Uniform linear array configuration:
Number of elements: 48
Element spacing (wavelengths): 1
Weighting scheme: exponential
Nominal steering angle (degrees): -30
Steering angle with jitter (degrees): -30.012
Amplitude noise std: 0.05
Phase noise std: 0.05

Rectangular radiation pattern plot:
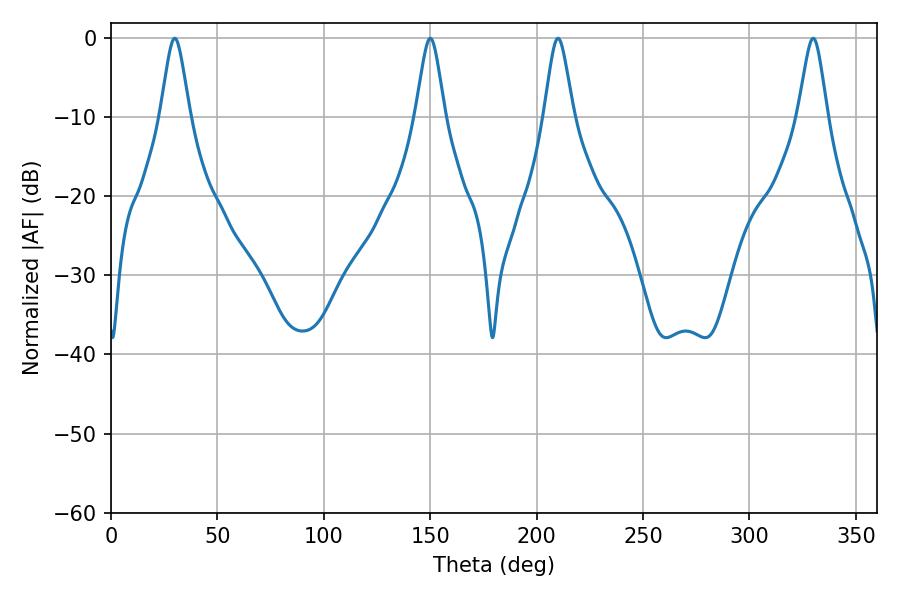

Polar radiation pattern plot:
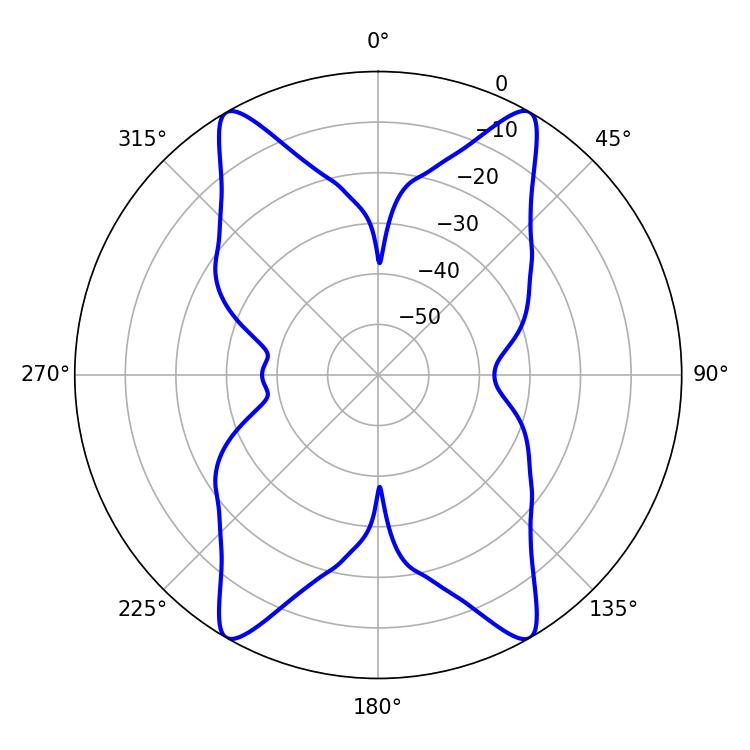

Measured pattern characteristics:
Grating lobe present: TRUE
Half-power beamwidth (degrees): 6.66
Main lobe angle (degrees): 210.06